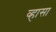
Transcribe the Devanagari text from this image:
व्हासा